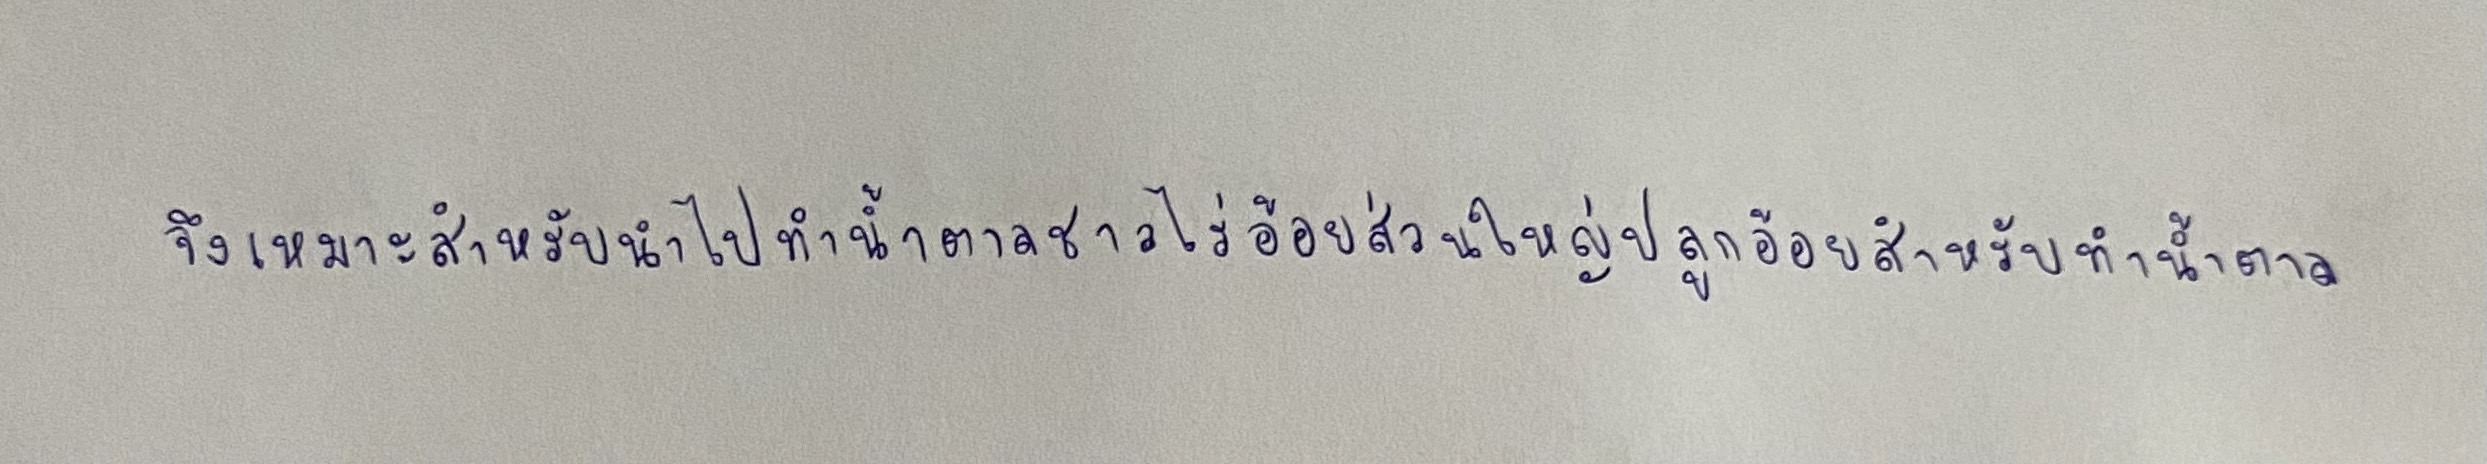
จึงเหมาะสำหรับนำไปทำน้ำตาลชาวไร่อ้อยส่วนใหญ่ปลูกอ้อยสำหรับทำน้ำตาล